画像に写った文字を読んでください
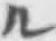
「ル」と書いてあります